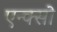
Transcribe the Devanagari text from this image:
एन्क्सो